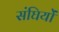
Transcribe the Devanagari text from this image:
संघियों